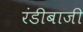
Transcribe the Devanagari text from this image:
रंडीबाजी